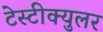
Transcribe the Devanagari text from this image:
टेस्टीक्युलर